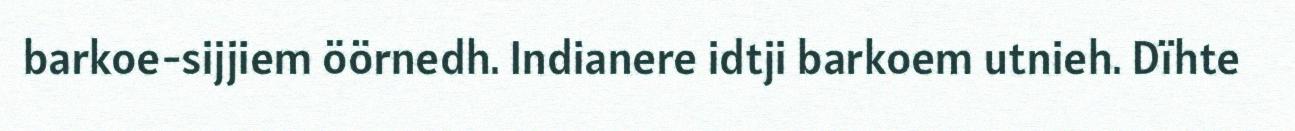
barkoe-sijjiem öörnedh. Indianere idtji barkoem utnieh. Dïhte